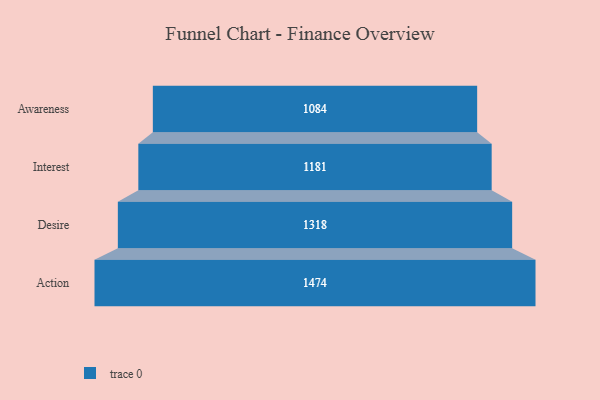
{"axis": {"x": "Stage", "y": "Value"}, "legend": [""], "data": [{"x": "Awareness", "y": 1084.0, "type": ""}, {"x": "Interest", "y": 1181.0, "type": ""}, {"x": "Desire", "y": 1318.0, "type": ""}, {"x": "Action", "y": 1474.0, "type": ""}]}